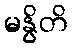
မနွိတိ